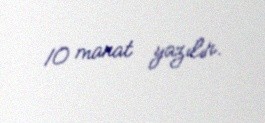
10 manat yazılır.